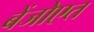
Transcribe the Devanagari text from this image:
बेंजोएत